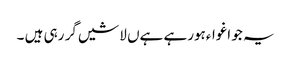
یہ جو اغواءہورہے ہےں لاشیں گر رہی ہیں ۔